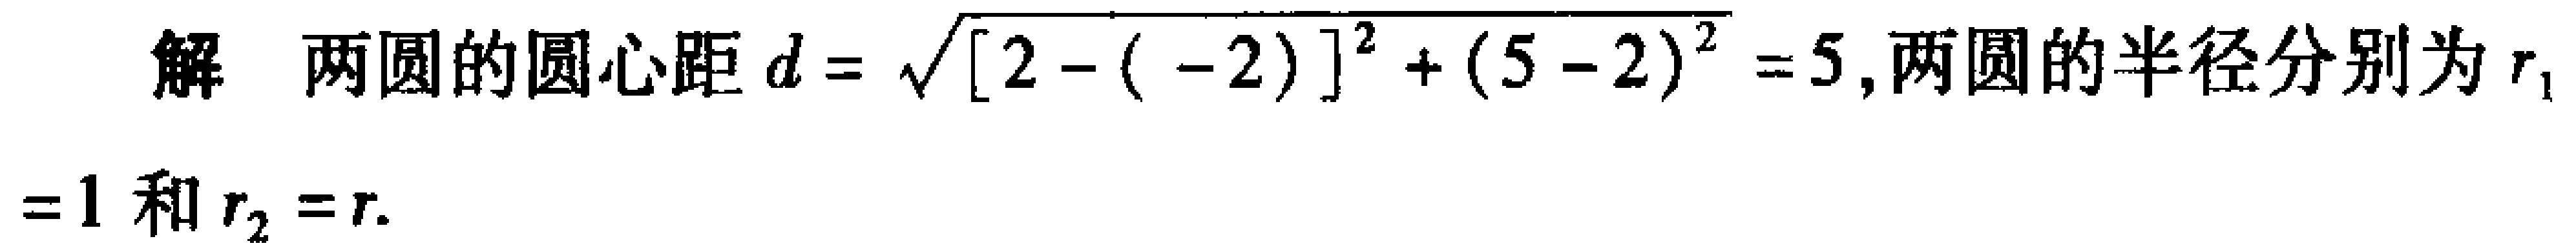
解 两圆的圆心距 \(d = \sqrt{[2 - (-2)]^{2}+(5 - 2)^{2}} = 5\), 两圆的半径分别为 \(r_{1}\)
\(= 1\) 和 \(r_{2}=r\).